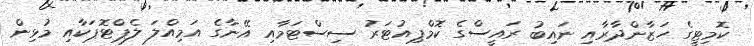
ކޮމިޓީގެ ހަޒާންދާރާއި ނައިބު ރައީސްގެ ކޮމްޕިއުޓަރު ސިސްޓަމާއި އޭނާގެ އަމިއްލަ ލެޕްޓޮޕަކާއި މުޅިން